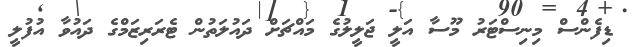
ޑިފެންސް މިނިސްޓަރު މޫސާ އަލީ ޖަލީލުގެ މައްޗަށް ދައުލަތުން ޓެރަރިޒަމްގެ ދައުވާ އުފުލީ